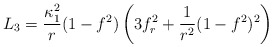
\begin{align*}L_3 = \frac{\kappa_1^2}{r} (1-f^2)\left( 3f_r^2 +\frac{1}{r^2} (1-f^2)^2 \right)\end{align*}